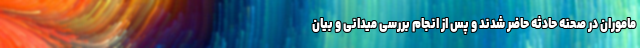
ماموران در صحنه حادثه حاضر شدند و پس از انجام بررسی میدانی و بیان